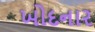
ખોદનાર